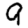
Digit: 9